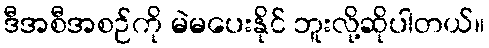
ဒီအစီအစဉ်ကို မဲမပေးနိုင် ဘူးလို့ဆိုပါတယ်။